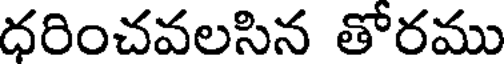
ధరించవలసిన తోరము